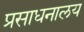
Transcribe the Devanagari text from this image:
प्रसाधनालय